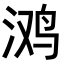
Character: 𭰥